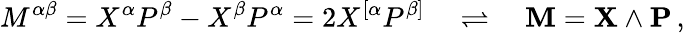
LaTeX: M^{\alpha\beta}=X^{\alpha}P^{\beta}-X^{\beta}P^{\alpha}=2X^{[\alpha}P^{\beta]}\quad\rightleftharpoons\quad\mathbf{M}=\mathbf{X}\wedge\mathbf{P}\, ,